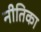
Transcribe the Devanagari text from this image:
नीतिका